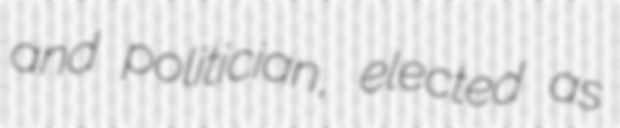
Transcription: and politician, elected as